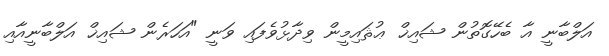
އަލްބާނީ އާ ބެހޭގޮތުން ޝައިޚް ޢުޘައިމީން ވިދާޅުވެފައި ވަނީ "އަހަރެން ޝައިޚް އަލްބާނީއާއި